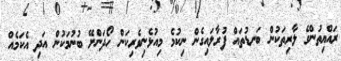
ރައްޔިތުންގެ ލާރިތަކުން ބަނޑުތައް ފުރާލައިގެން ނިކުމެ މިއުޅެނިވެރިކަން ހޯދަންށޭ ބުނުމަކުން އަދި އެކަމެއް